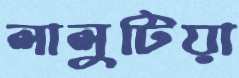
লালুটিয়া